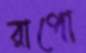
রাপো